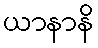
ယာနာနိ